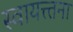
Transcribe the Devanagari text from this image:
स्वायत्त्तना